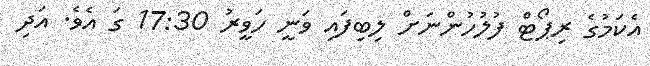
އެކަމުގެ ރިޕޯޓް ފުލުހުންނަށް ލިބިފައި ވަނީ ހަވީރު 17:30 ގަ އެވެ. އަދި